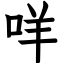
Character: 咩